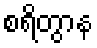
စရိတွာန